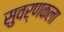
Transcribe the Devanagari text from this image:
सुवर्णकला